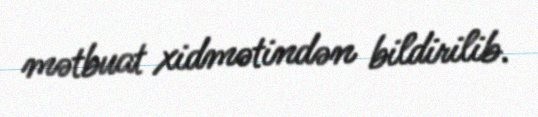
mətbuat xidmətindən bildirilib.